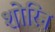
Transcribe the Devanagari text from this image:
शोरिन